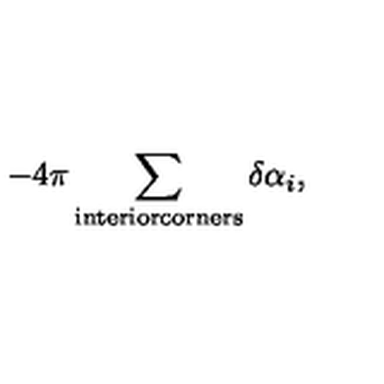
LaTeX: - 4 \pi \sum _ { \mathrm { i n t e r i o r c o r n e r s } } \delta \alpha _ { i } ,